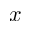
x